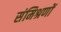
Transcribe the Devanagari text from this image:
संमिश्रणों